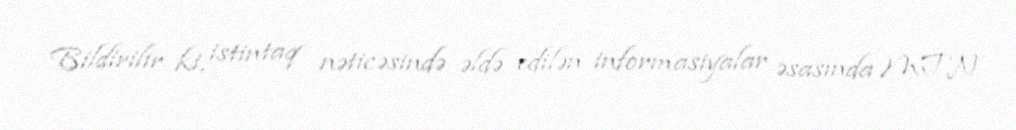
Bildirilir ki, istintaq nəticəsində əldə edilən informasiyalar əsasında MTN